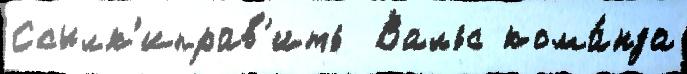
Ссылк'иправ'ить  Вальс кома́нда